Scientific memoirs by medical officers of the Army of India - Part XI,
Year: 1898
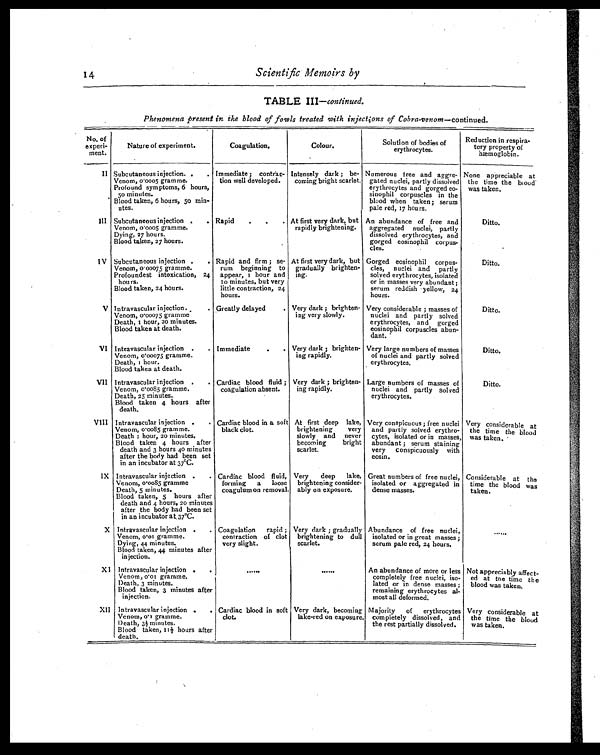
TABLE III —continued.
Phenomena present in the blood of fowls treated with injections of Cobra-venom —continued.
No. of
experi-
merit.
Nature of experiment.
Coagulation.
Colour.
Solution of bodies of
erythrocytes.
Reduction in respira-
tory property of
hæmoglobin.
I I Subcutaneous injection. .
.
Venom, 0.0005 gramme.
Profound symptoms, 6 hours,
50 minutes.
Blood taken, 6 hours, 50 min-
utes.
Immediate ; contrac-
Lion well developed.
Intensely dark ; be-
coming bright scarlet.
Numerous free and aggre-
gated nuclei, partly dissolved
erythrocytes and gorged eo-
sinophil corpuscles i n the
blood when taken; serum
pale red, 17 hours.
None appreciable at
the time the blood
was taken.
III Subcutaneous injection .
.
Venom, 0.0005 gramme.
Dying, 27 hours.
Blood taken, 27 hours.
Rapid .
. . At first very dark, but
rapidly brightening.
An abundance of free and
aggregated nuclei, partly
dissolved erythrocytes, and
gorged eosinophil corpus-
des.
Ditto.
IV Subcutaneous injection .
.
Venom, 0.00075 gramme.
Profoundest intoxication, 24
hours.
Blood taken, 24 hours.
Rapid and firm ; se-
rum beginning to
appear, 1 hour and
10 minutes, but very
little contraction, 24
hours.
At first very dark, but
gradually brighten-
ing.
Gorged eosinophil corpus-
cles, nuclei and partly
solved erythrocytes, isolated
or in masses very abundant ;
serum reddish yellow, 24
hours.
Ditto.
V Intravascular injection.
.
Venom, 0.00075 gramme
Death, 1 hour, 20 minutes.
Blood taken at death.
Greatly delayed .
Very dark ; brighten-
ing very slowly,
Very considerable ; masses of
nuclei and partly solved
erythrocytes, and gorged
eosinophil corpuscles abun-
dant.
Ditto.
VI Intravascular injection .
.
Venom, 0.00075 gramme.
Death, i hour.
Blood taken at death.
Immediate
.
. Very dark ; brighten-
ing rapidly.
Very large numbers of masses
of nuclei and partly solved
erythrocytes.
Ditto.
VII Intravascular injection .
.
Venom, 0.0085 gramme.
Death, 25 minutes.
Blood taken 4 hours after
death.
Cardiac blood fluid ;
coagulation absent.
Very dark ; brighten-
ing rapidly.
Large numbers of masses of
nuclei and partly solved
erythrocytes.
Ditto.
VIII Intravascular injection .
.
Venom, 0.0085 gramme.
Death 1 hour, 20 minutes.
Blood taken 4 hours after
death and 3 hours 40 minutes
after the body had been set
in an incubator at 37°C.
Cardiac blood in a soft
black clot.
At first deep lake,
brightening very
slowly and never
becoming bright
scarlet.
Very conspicuous ; free nuclei
and partly solved erythro-
cytes, isolated or in masses,
abundant ; serum staining
very conspicuously with
eosin.
Very considerable at
the time the blood
was taken.
IX Intravascular injection .
.
Venom, 0.0085 gramme
Death, 5 minutes.
Blood taken, 5 hours after
death and 4 hours, 20 minutes
after the body had been set
in an incubator at 37°C.
Cardiac blood fluid,
forming a loose
coagulum on removal.
Very deep lake,
brightening consider-
ably on exposure.
Great numbers of free nuclei,
isolated or aggregated in
dense masses.
Considerable at the
time the blood was
taken.
X Intravascular injection .
.
Venom, 0.01 gramme.
Dying, 44 minutes.
Blood taken, 44 minutes after
injection.
Coagulation rapid ;
contraction of clot
very slight.
Very dark ; gradually
brightening to dull
scarlet.
Abundance of free nuclei,
isolated or in great masses ;
serum pale red, 24 hours.
. . . . . .
XI Intravascular injection .
.
Venom, 0.01 gramme.
Death, 3 minutes.
Blood taken, 3 minutes after
injection.
. . . . . .
. . . . . .
An abundance of more or less
completely free nuclei, iso-
lated or in dense masses ;
remaining erythrocytes al-
most all deformed.
Not appreciably affect-
ed at the time the
blood was taken.
XII Intravascular injection .
.
Venom, 0.1 gramme.
Death, 3½ minutes.
Blood taken, 11½ hours after
death.
Cardiac blood in soft
clot.
Very dark, becoming
lake-red on exposure.
Majority of erythrocytes
completely dissolved, and
the rest partially dissolved,
Very considerable at
the time the blood
was taken.